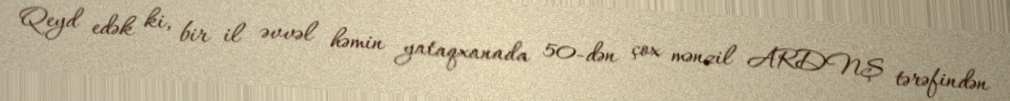
Qeyd edək ki, bir il əvvəl həmin yataqxanada 50-dən çox mənzil ARDNŞ tərəfindən